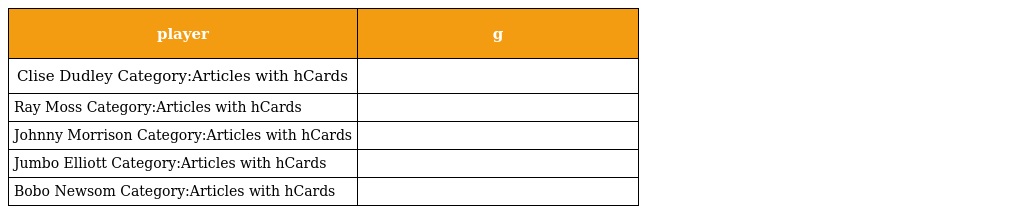
| player | g |
 | --- | --- |
 | Clise Dudley Category:Articles with hCards |  |
 | Ray Moss Category:Articles with hCards |  |
 | Johnny Morrison Category:Articles with hCards |  |
 | Jumbo Elliott Category:Articles with hCards |  |
 | Bobo Newsom Category:Articles with hCards |  |